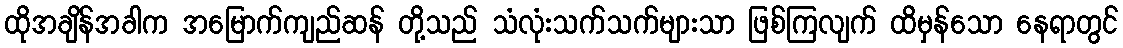
ထိုအချိန်အခါက အမြောက်ကျည်ဆန် တို့သည် သံလုံးသက်သက်များသာ ဖြစ်ကြလျက် ထိမှန်သော နေရာတွင်